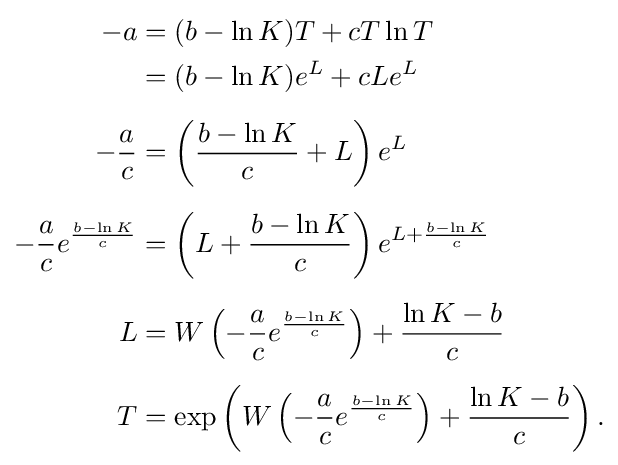
{\begin{aligned}-a&=(b-\ln K)T+cT\ln T\\&=(b-\ln K)e^{L}+cLe^{L}\\[5pt]-{\frac {a}{c}}&=\left({\frac {b-\ln K}{c}}+L\right)e^{L}\\[5pt]-{\frac {a}{c}}e^{\frac {b-\ln K}{c}}&=\left(L+{\frac {b-\ln K}{c}}\right)e^{L+{\frac {b-\ln K}{c}}}\\[5pt]L&=W\left(-{\frac {a}{c}}e^{\frac {b-\ln K}{c}}\right)+{\frac {\ln K-b}{c}}\\[5pt]T&=\exp \left(W\left(-{\frac {a}{c}}e^{\frac {b-\ln K}{c}}\right)+{\frac {\ln K-b}{c}}\right).\end{aligned}}